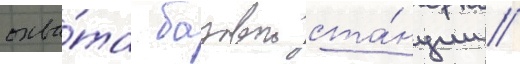
охва́та базовои ста́нции //